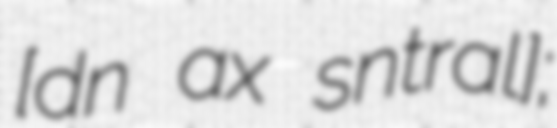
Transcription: [dɛn ˌɦaːx sɛnˈtraːl];